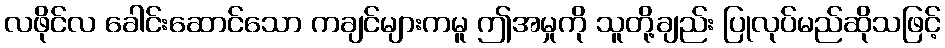
လဖိုင်လ ခေါင်းဆောင်သော ကချင်များကမူ ဤအမှုကို သူတို့ချည်း ပြုလုပ်မည်ဆိုသဖြင့်